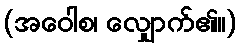
(အဝေါစ၊ လျှောက်၏။)